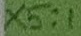
Text: X5:1